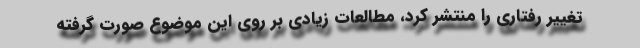
تغییر رفتاری را منتشر کرد، مطالعات زیادی بر روی این موضوع صورت گرفته